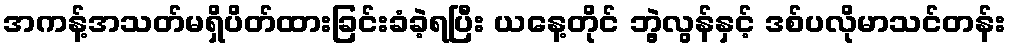
အကန့်အသတ်မရှိပိတ်ထားခြင်းခံခဲ့ရပြီး ယနေ့တိုင် ဘွဲ့လွန်နှင့် ဒစ်ပလိုမာသင်တန်း